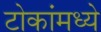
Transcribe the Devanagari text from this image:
टोकांमध्ये